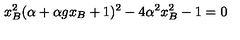
x _ { B } ^ { 2 } ( \alpha + \alpha g x _ { B } + 1 ) ^ { 2 } - 4 \alpha ^ { 2 } x _ { B } ^ { 2 } - 1 = 0